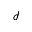
\mathcal { I }